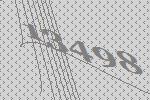
13498